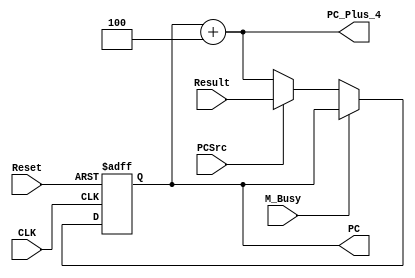
module ProgramCounter(
    input CLK,
    input Reset,
    input PCSrc,
    input [31:0] Result,
    input M_Busy,
    
    output [31:0] PC,
    output [31:0] PC_Plus_4
); 

    reg [31:0] current_PC;
    wire [31:0] next_PC;

    always @(posedge CLK or posedge Reset) begin
        if (Reset) begin
            current_PC <= 32'b0;
        end
        // MC01.MCycle Busy, PC unchanged
        else if (!M_Busy) begin
            current_PC <= next_PC;
        end
        else begin
            current_PC <= current_PC;
        end
    end

    assign PC = current_PC;
    assign PC_Plus_4 = current_PC + 32'd4;
    assign next_PC = PCSrc? Result: PC_Plus_4;

endmodule